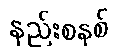
နည်းစနစ်